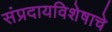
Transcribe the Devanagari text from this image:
संप्रदायविशेषाचे